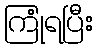
ကြုံရပြီး